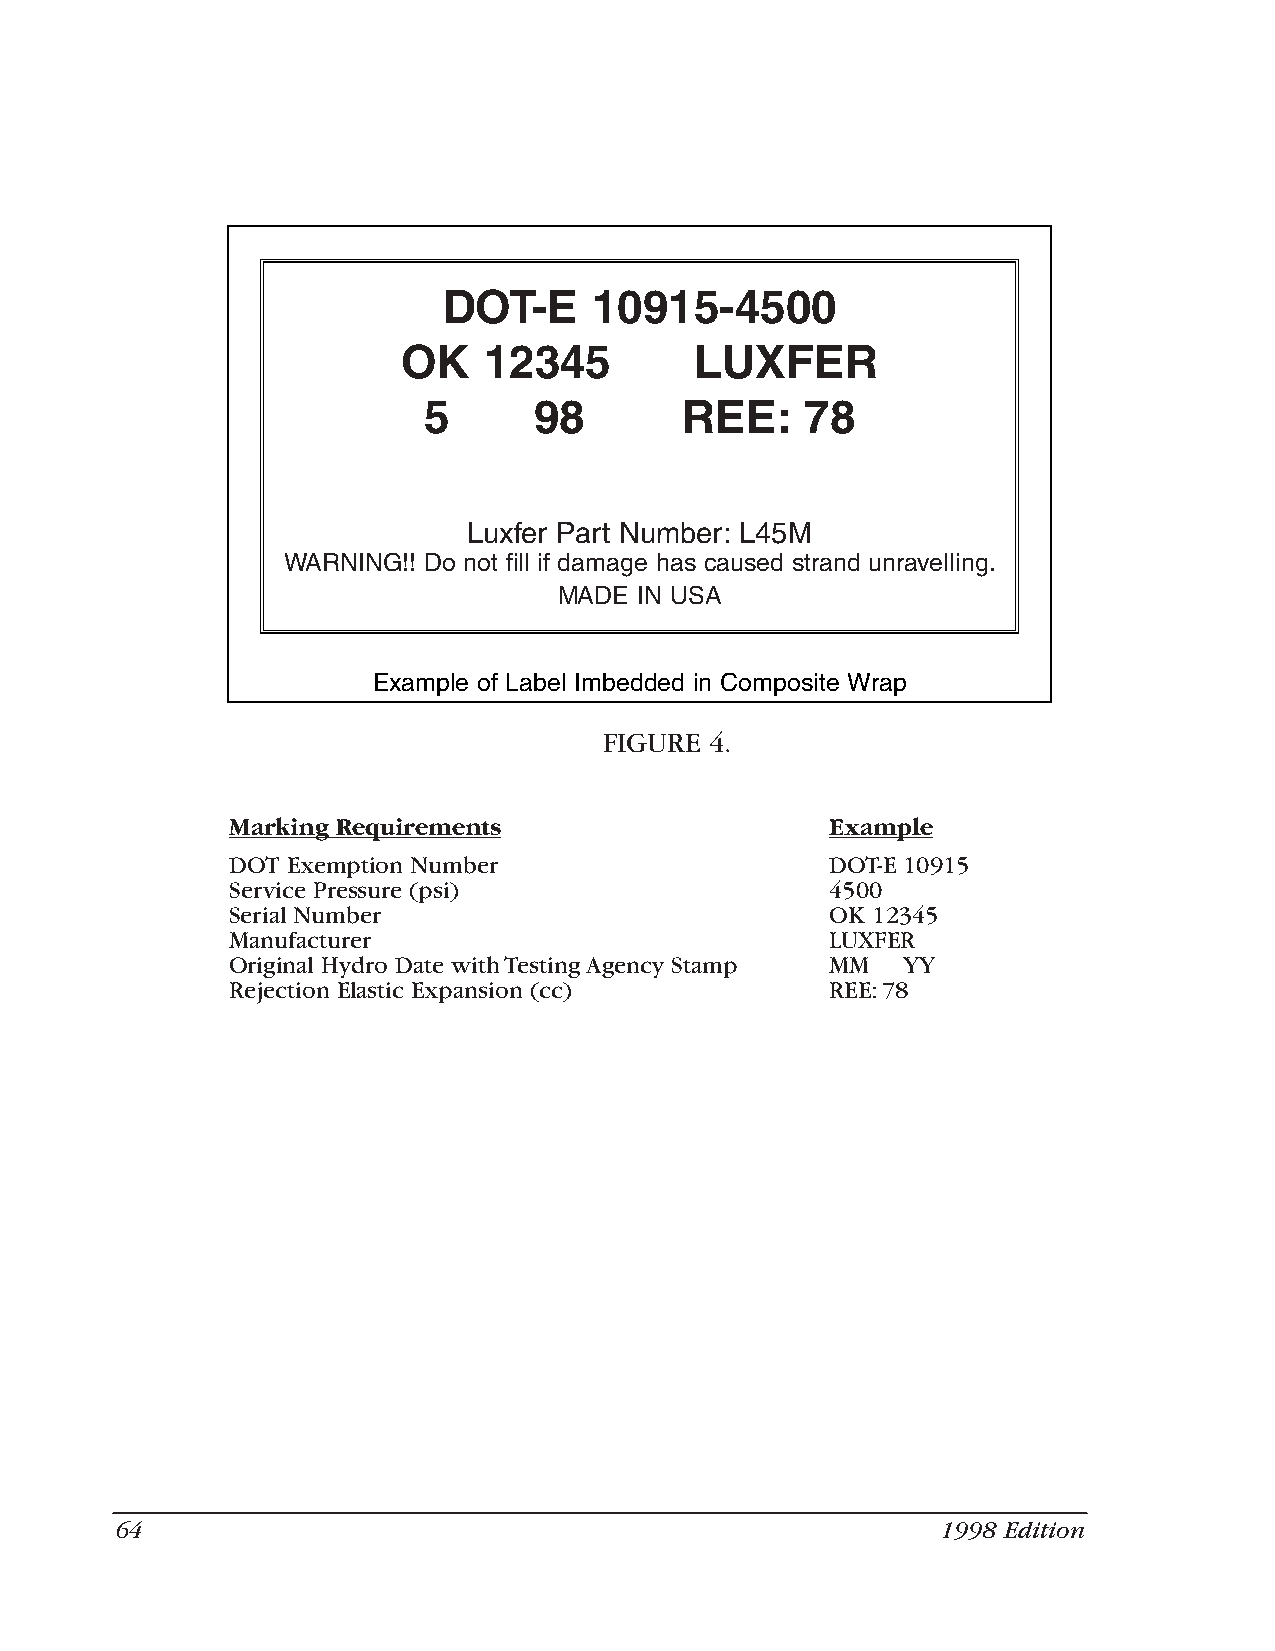
DOT-E     10915-4500
 OK   12345         LUXFER
 5      98        REE:    78
 Luxfer Part Number: L45M
 WARNING!! Do not fill if damage has caused strand unravelling.
 MADE IN USA
 Example of Label Imbedded in Composite Wrap
 FIGURE 4.
 Marking Requirements                    Example
 DOT Exemption Number                    DOT-E 10915
 Service Pressure (psi)                  4500
 Serial Number                           OK 12345
 Manufacturer                            LUXFER
 Original Hydro Date with Testing Agency Stamp MM YY
 Rejection Elastic Expansion (cc)        REE:78
 64                                                    1998 Edition